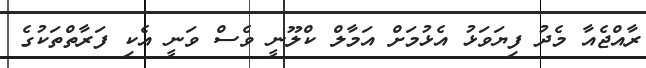
ރާއްޖެއާ މެދު ފިޔަވަޅު އެޅުމަށް އަމާލް ކްލޫނީ ވެސް ވަނީ އެކި ފަރާތްތަކުގެ